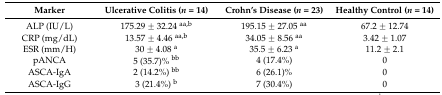
<table><thead><tr><td><b>Marker</b></td><td><b>Ulcerative Colitis (<i>n</i> = 14)</b></td><td><b>Crohn’s Disease (<i>n</i> = 23)</b></td><td><b>Healthy Control (<i>n</i> = 14)</b></td></tr></thead><tbody><tr><td>ALP (IU/L)</td><td>175.29 ± 32.24 <sup>aa,b</sup></td><td>195.15 ± 27.05 <sup>aa</sup></td><td>67.2 ± 12.74</td></tr><tr><td>CRP (mg/dL)</td><td>13.57 ± 4.46 <sup>aa,b</sup></td><td>34.05 ± 8.56 <sup>aa</sup></td><td>3.42 ± 1.07</td></tr><tr><td>ESR (mm/H)</td><td>30 ± 4.08 <sup>a</sup></td><td>35.5 ± 6.23 <sup>a</sup></td><td>11.2 ± 2.1</td></tr><tr><td>pANCA</td><td>5 (35.7)% <sup>bb</sup></td><td>4 (17.4%)</td><td>0</td></tr><tr><td>ASCA-IgA</td><td>2 (14.2%) <sup>bb</sup></td><td>6 (26.1)%</td><td>0</td></tr><tr><td>ASCA-IgG</td><td>3 (21.4%) <sup>b</sup></td><td>7 (30.4%)</td><td>0</td></tr></tbody></table>